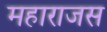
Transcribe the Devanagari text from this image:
महाराजस